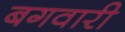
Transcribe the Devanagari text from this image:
बगवारी